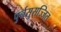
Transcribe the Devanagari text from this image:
पुर्नसुसज्जित